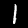
Digit: 1